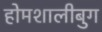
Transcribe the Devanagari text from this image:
होमशालीबुग